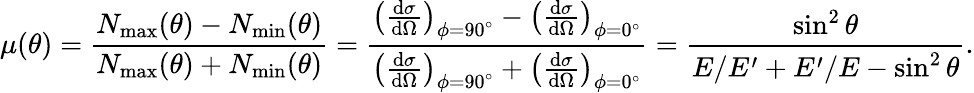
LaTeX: \mu(\theta)=\frac{N_{\mathrm{max}}(\theta)-N_{\mathrm{min}}(\theta)}{N_{\mathrm{max}}(\theta)+N_{\mathrm{min}}(\theta)}=\frac{\left(\frac{\mathrm{d}\sigma}{\mathrm{d}\Omega}\right)_{\phi=90^{\circ}}-\left(\frac{\mathrm{d}\sigma}{\mathrm{d}\Omega}\right)_{\phi=0^{\circ}}}{\left(\frac{\mathrm{d}\sigma}{\mathrm{d}\Omega}\right)_{\phi=90^{\circ}}+\left(\frac{\mathrm{d}\sigma}{\mathrm{d}\Omega}\right)_{\phi=0^{\circ}}}=\frac{\sin^{2}\theta}{E/E^{\prime}+E^{\prime}/E-\sin^{2}\theta}.